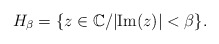
\begin{align*}H_{\beta} = \{ z \in \mathbb{C} / |\mathrm{Im}(z)| < \beta \}. \end{align*}